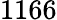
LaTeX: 1166